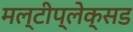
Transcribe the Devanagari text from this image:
मल्टीप्लेक्सड